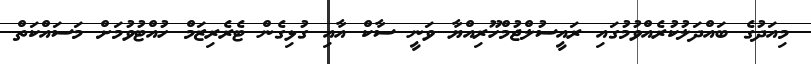
މިއަދުގެ ބައްދަލުކުރެއްވުމުގައި ރައީސުލްޖުމްހޫރިއްޔާ ވަނީ ސާކް އާއި ގުޅިގެން ޓެރެރިޒަމް ހުއްޓުވުމަށް މަސައްކަތް